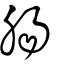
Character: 腸